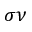
\sigma \nu